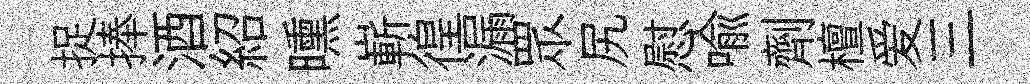
捉捧酒紹曛嶄徨漏眾尻慰喻劑檀爱三